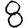
Digit: 8